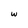
Character: w